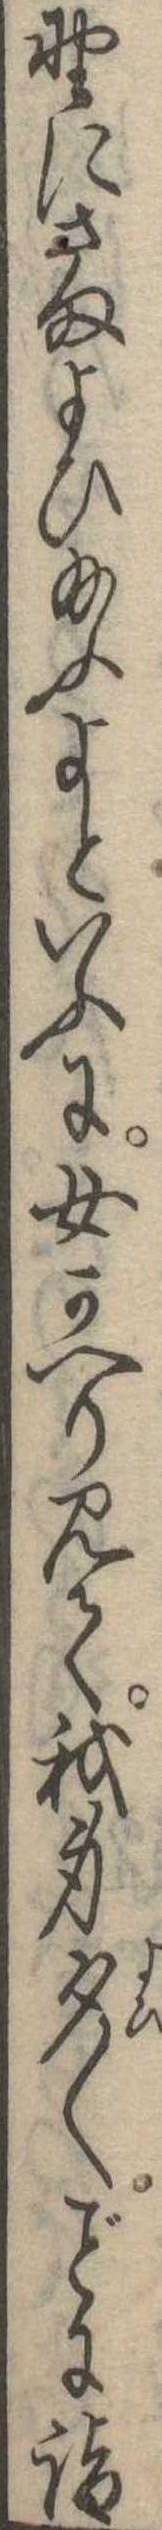
野にさまよひ給ふよといふに女かへり見て我身夕〱に詣